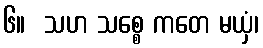
၆။  သဟ သစ္စေ ကတေ မယှံ၊